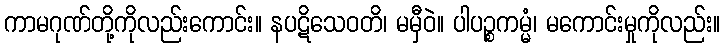
ကာမဂုဏ်တို့ကိုလည်းကောင်း။ နပဋိသေဝတိ၊ မမှီဝဲ။ ပါပဉ္စကမ္မံ၊ မကောင်းမှုကိုလည်း။